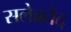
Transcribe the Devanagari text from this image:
सलेब्रतेद